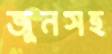
জুনসহ